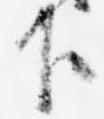
下